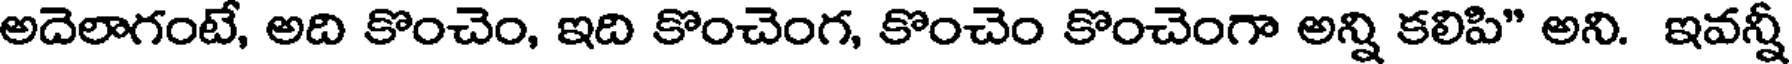
అదెలాగంటే, అది కొంచెం, ఇది కొంచెంగ, కొంచెం కొంచెంగా అన్ని కలిపి" అని. ఇవన్నీ